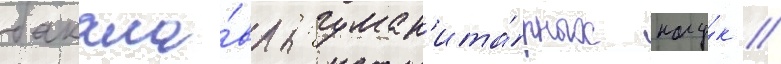
бакала́вры: гуман'ита́рных нау́к /